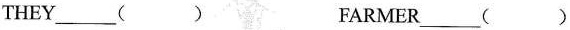
THEY___( ) FARMER___( )